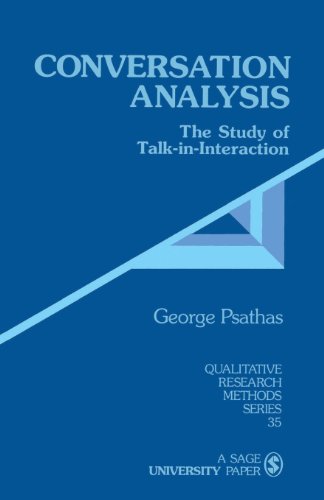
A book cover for Conversation Analysis: The Study of Talk-in-Interaction (Qualitative Research Methods); George Psathas; Reference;